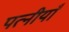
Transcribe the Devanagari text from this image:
पत्नीयाँ